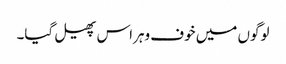
لوگوں میں خوف وہراس پھیل گیا۔